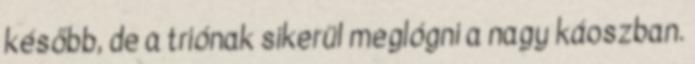
később, de a triónak sikerül meglógni a nagy káoszban.